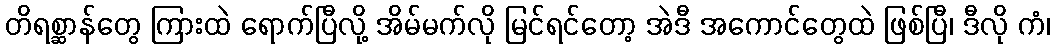
တိရစ္ဆာန်တွေ ကြားထဲ ရောက်ပြီလို့ အိမ်မက်လို မြင်ရင်တော့ အဲဒီ အကောင်တွေထဲ ဖြစ်ပြီ၊ ဒီလို ကံ၊